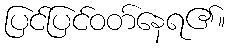
ပြင်ပြင်ဝတ်နေရ၏။